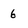
Character: 6